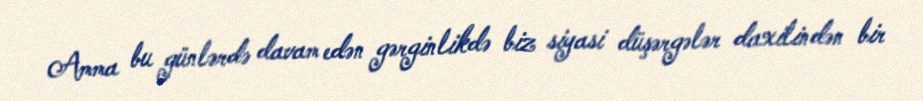
Amma bu günlərdə davam edən gərginlikdə biz siyasi düşərgələr daxilindən bir